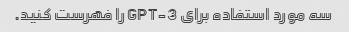
سه مورد استفاده برای GPT-3 را فهرست کنید.